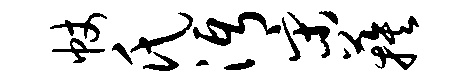
帐氏沔宋蔟